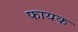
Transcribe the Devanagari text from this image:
फायक